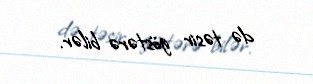
də təsir göstərə bilər.